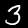
Label: 3